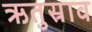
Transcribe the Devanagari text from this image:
ऋतुस्राव